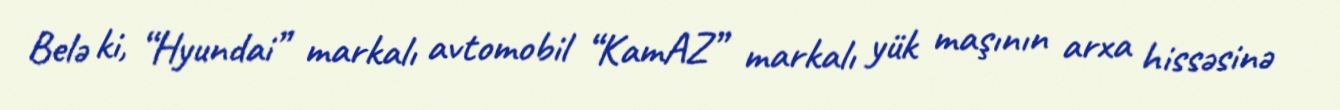
Belə ki, “Hyundai” markalı avtomobil “KamAZ” markalı yük maşının arxa hissəsinə